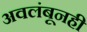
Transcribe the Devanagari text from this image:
अवलंबूनही